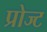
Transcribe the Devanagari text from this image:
प्रोज्ट